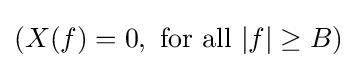
(X(f)=0,{\text{ for all }}|f|\geq B)